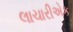
લાચારીએક